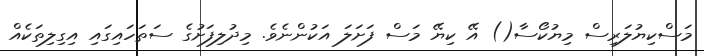
މަސްކިޔުލަރިސް މިޔުކޯސާ() އޭ ކިޔޭ މަސް ފަށަލަ އަކުންނެވެ. މިދުލިފަށުގެ ސަތަހައިގައި އިގިލިތަކެއް